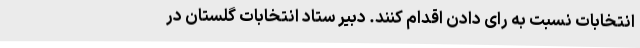
انتخابات نسبت به رای دادن اقدام کنند. دبیر ستاد انتخابات گلستان در